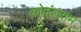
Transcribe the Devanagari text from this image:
कोदंडराम